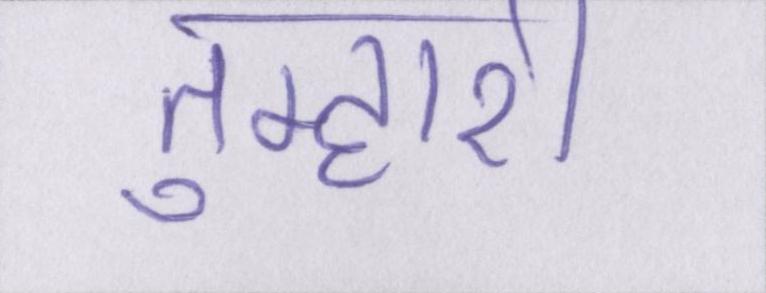
तुम्हारी